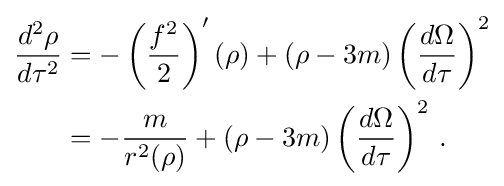
{\begin{aligned}{\frac {d^{2}\rho }{d\tau ^{2}}}&=-\left({\frac {f^{2}}{2}}\right)^{\mathbf {\prime } }(\rho )+(\rho -3m)\left({\frac {d\Omega }{d\tau }}\right)^{2}\\&=-{\frac {m}{r^{2}(\rho )}}+(\rho -3m)\left({\frac {d\Omega }{d\tau }}\right)^{2}\,.\end{aligned}}